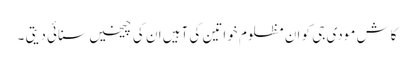
کاش مودی جی کو ان مظلوم خواتین کی آہیں ان کی چیخیں سنائی دیتی ۔